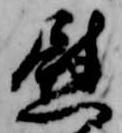
慰